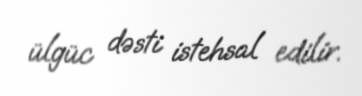
ülgüc dəsti istehsal edilir.